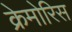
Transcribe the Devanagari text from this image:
क्रेमोरिस